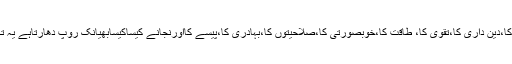
علم کا،دین داری کا،تقوی کا، طاقت کا،خوبصورتی کا،صلاحیتوں کا،بہادری کا،پیسے کااورنجانے کیساکیسابھیانک روپ دھارتاہے یہ تکبر۔